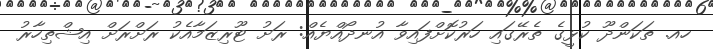
ހއ. ތަކަންދޫ ކުޅީގެ ތެރޭގައި ހަރުކޮށްފައިވާ އުނދޯއްޔެއް: ރަށު ޓޫރިޒަމާއެކު ރަށްރަށް އިޝްތިހާރު